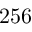
2 5 6